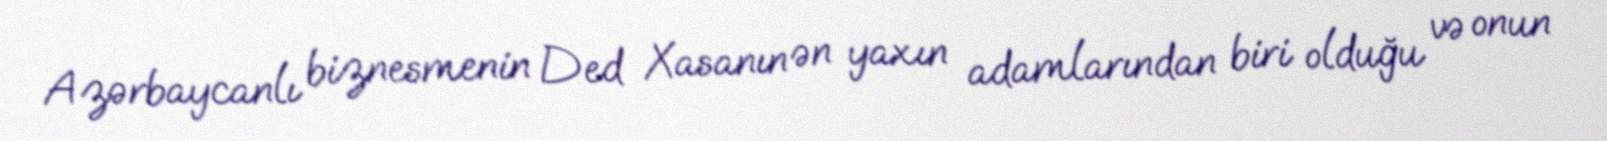
Azərbaycanlı biznesmenin Ded Xasanın ən yaxın adamlarından biri olduğu və onun